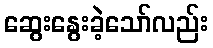
ဆွေးနွေးခဲ့သော်လည်း